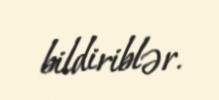
bildiriblər.